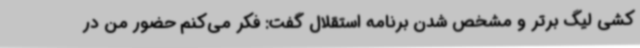
کشی لیگ برتر و مشخص شدن برنامه استقلال گفت: فکر می‌کنم حضور من در